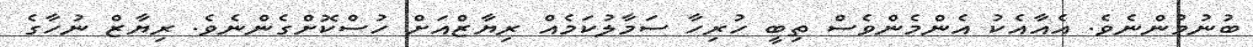
ބުނުމުންނެވެ. އެއާއެކު އެންމެންވެސް ތިބީ ހުރިހާ ސަމާލުކަމެއް ރިޔާޒްއަށް ހުސްކޮށްގެންނެވެ. ރިޔާޒް ނުހާގެ